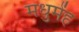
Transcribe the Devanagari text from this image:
मधुमेंह